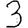
Digit: 3